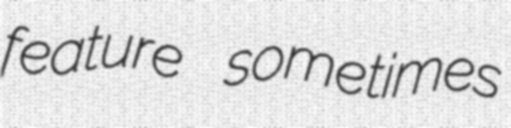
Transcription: feature sometimes